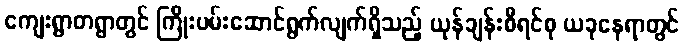
ကျေးရွာတရွာတွင် ကြိုးပမ်းဆောင်ရွက်လျက်ရှိသည့် ယုန်ချန်းစီရင်စု ယခုနေရာတွင်